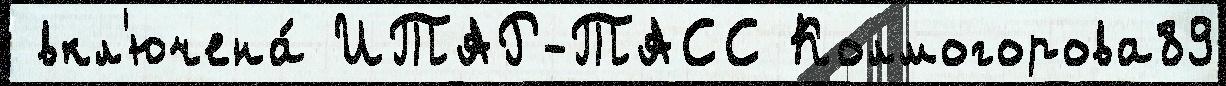
 вкл'ючена́ ИТАР-ТАСС Колмогорова89